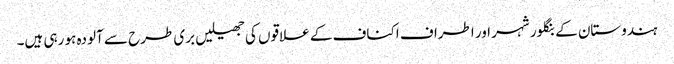
ہندوستان کے بنگلور شہر اور اطراف اکناف کے علاقوں کی جھیلیں بری طرح سے آلودہ ہو رہی ہیں۔